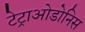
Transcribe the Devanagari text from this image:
टेट्राओडोनिस